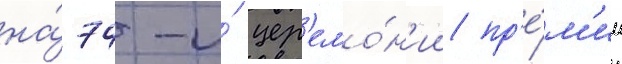
на́ 74-и́ цер'емо́н'ии пр'е́м'ии